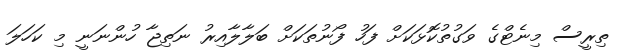
ތިރީސް މިނެޓްގެ ވަގުތުކޮޅަކަށް ފަހު ފޯނުތަކަށް ބަލާލާއިރު ނަތިޖާ ހުންނަނީ މި ކަހަލަ